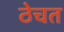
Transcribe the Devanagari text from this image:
ठेचत